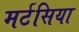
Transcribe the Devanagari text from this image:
मर्टसिया